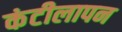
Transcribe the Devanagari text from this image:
कंटीलापन